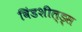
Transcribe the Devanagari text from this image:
विंडशील्ड्स